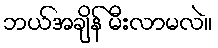
ဘယ်အချိန် မီးလာမလဲ။